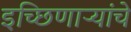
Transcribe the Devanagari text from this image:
इच्छिणाऱ्यांचे